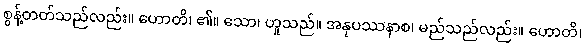
စွန့်တတ်သည်လည်း။ ဟောတိ၊ ၏။ သော၊ ဟူသည်။ အနုပဿနာစ၊ မည်သည်လည်း။ ဟောတိ၊